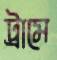
ট্রামে